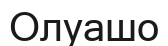
Олуашо